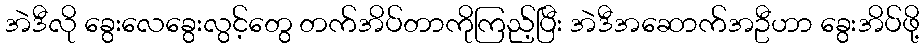
အဲဒီလို ခွေးလေခွေးလွင့်တွေ တက်အိပ်တာကိုကြည့်ပြီး အဲဒီအဆောက်အဦဟာ ခွေးအိပ်ဖို့